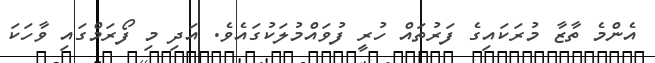
އެންމެ ތާޒާ މުރަކައިގެ ފަރުތައް ހުރީ ފުވައްމުލަކުގައެވެ. އަދި މި ފޯރަމްގައި ވާހަކަ